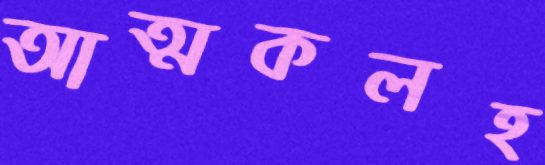
আত্মকলহ